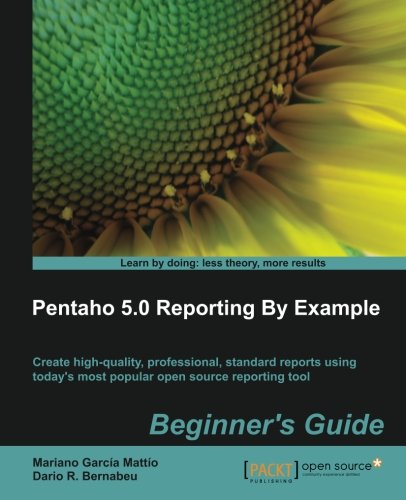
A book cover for Pentaho 5.0 Reporting by Example: Beginner's Guide; Mariano GarcÃ­a MattÃ­o; Computers & Technology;